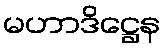
မဟာဒိဋ္ဌေန